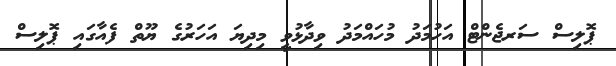
ޕޮލިސް ސަރޖެންޓް އަހުމަދު މުހައްމަދު ވިދާޅުވީ މިދިޔަ އަހަރުގެ ޔޫތް ފެއާގައި ޕޮލިސް